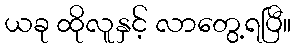
ယခု ထိုလူနှင့် လာတွေ့ရပြီ။